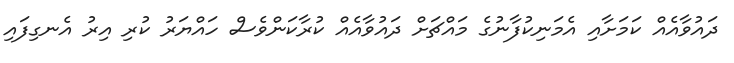
ދައުވާއެއް ކަމަށާއި އެމަނިކުފާނުގެ މައްޗަށް ދައުވާއެއް ކުރާކަންވެސް ހައްޔަރު ކުރި އިރު އެނގިފައި